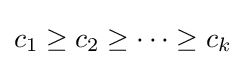
c_{1}\geq c_{2}\geq \cdots \geq c_{k}